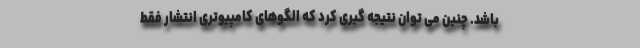
باشد. چنین می توان نتیجه گیری کرد که الگوهای کامپیوتری انتشار فقط